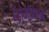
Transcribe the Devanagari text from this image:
हेट्रोजेनिअस